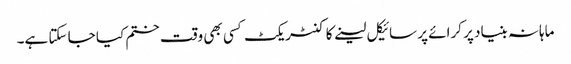
ماہانہ بنیاد پر کرائے پر سائیکل لینے کا کنٹریکٹ کسی بھی وقت ختم کیا جا سکتا ہے۔